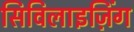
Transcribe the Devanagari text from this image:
सिविलाइज़िंग